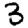
Digit: 3